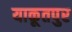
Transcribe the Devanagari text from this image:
याकूतपुर